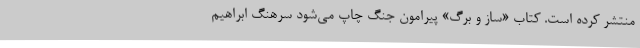
منتشر کرده است. کتاب «ساز و برگ» پیرامون جنگ چاپ می‌شود سرهنگ ابراهیم